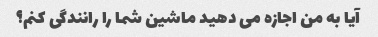
آیا به من اجازه می دهید ماشین شما را رانندگی کنم؟